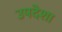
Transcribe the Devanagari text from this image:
उपदेशा